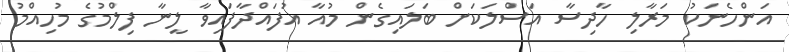
އަންހެނަކު މަރާލި ހާދިސާ އަސްލަކަށް ބަލައިގެން މުއާ އުފައްދާފައިވާ ލީނާ ފިލްމުގެ މުހިއްމު